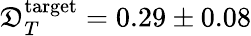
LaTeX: \mathfrak{D}_{T}^{\mathrm{{target}}}=0.29\pm0.08